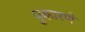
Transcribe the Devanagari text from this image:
पुकारणे